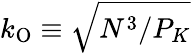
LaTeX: k_{\mathrm{O}}\equiv\sqrt{N^{3}/P_{K}}